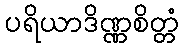
ပရိယာဒိဏ္ဏစိတ္တံ